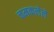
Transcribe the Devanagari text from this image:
चमकलेले